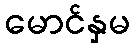
မောင်နှမ